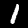
Label: 1